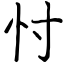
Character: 忖